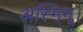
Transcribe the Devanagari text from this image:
अस्मिन्।